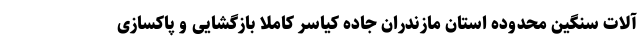
آلات سنگین محدوده استان مازندران جاده کیاسر کاملا بازگشایی و پاکسازی